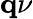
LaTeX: \mathbf q\nu